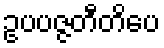
ဥပပဇ္ဇတီတိပေ